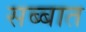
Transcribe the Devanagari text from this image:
सब्बात